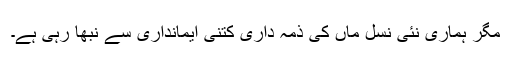
مگر ہماری نئی نسل ماں کی ذمہ داری کتنی ایمانداری سے نبھا رہی ہے۔